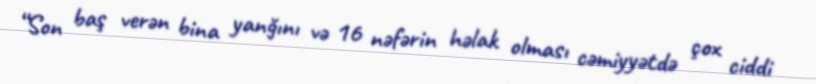
“Son baş verən bina yanğını və 16 nəfərin həlak olması cəmiyyətdə çox ciddi